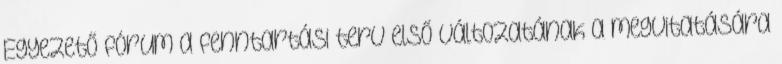
Egyezető fórum a fenntartási terv első változatának a megvitatására